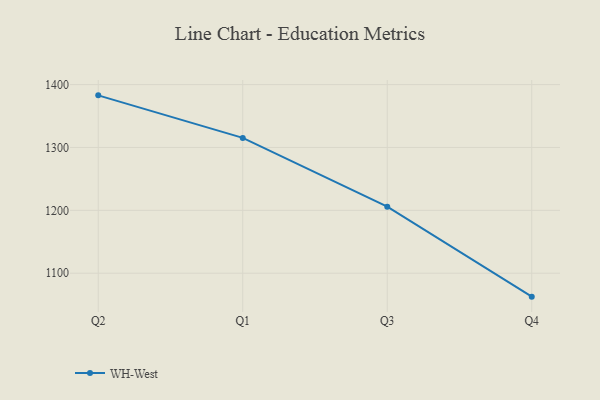
{"axis": {"x": "Quarter", "y": "Inventory Turnover"}, "legend": ["WH-West"], "data": [{"x": "Q2", "y": 1382.9, "type": "WH-West"}, {"x": "Q1", "y": 1315.2, "type": "WH-West"}, {"x": "Q3", "y": 1205.8, "type": "WH-West"}, {"x": "Q4", "y": 1062.7, "type": "WH-West"}]}